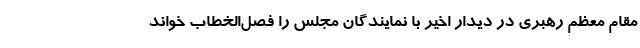
مقام معظم رهبری در دیدار اخیر با نمایندگان مجلس را فصل‌الخطاب خواند